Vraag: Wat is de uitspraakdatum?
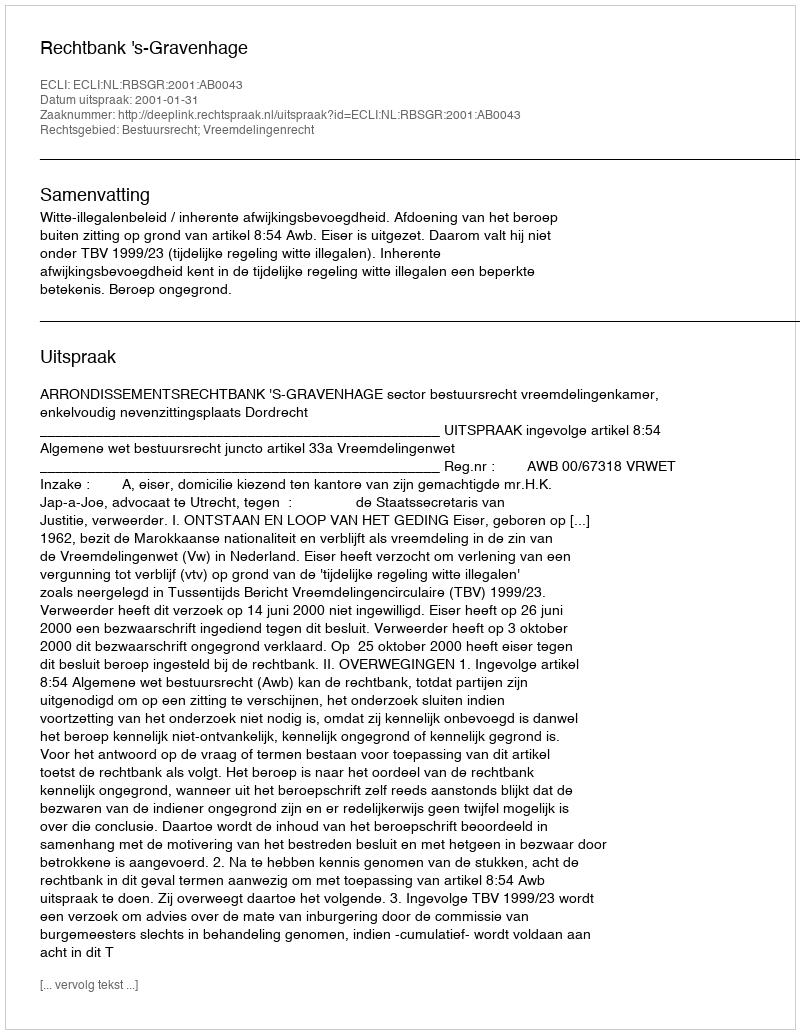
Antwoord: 2001-01-31